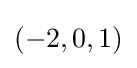
(-2,0,1)